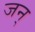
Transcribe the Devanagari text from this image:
जन्‌